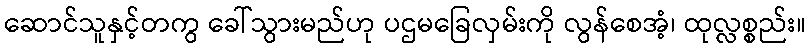
ဆောင်သူနှင့်တကွ ခေါ်သွားမည်ဟု ပဌမခြေလှမ်းကို လွန်စေအံ့၊ ထုလ္လစ္စည်း။